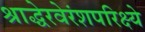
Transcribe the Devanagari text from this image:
श्राद्धेरवेरंशपरिक्ष्ये